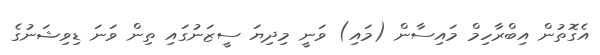
އެގޮތުން އިބްރާހިމް މައިސާން (މައި) ވަނީ މިދިޔަ ސީޒަނުގައި ތިން ވަނަ ޑިވިޝަނުގެ